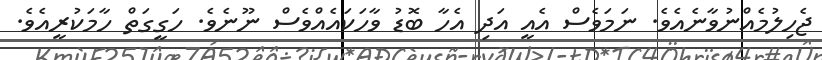
ޖެހިލުމެއްނުވާނެއެވެ. ނަމަވެސް އެއީ އަދި އެހާ ބޮޑު ވާހަކައެއްވެސް ނޫނެވެ. ހަގީގަތް ހާމަކުރީއެވެ.